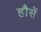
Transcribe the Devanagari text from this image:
हौसें